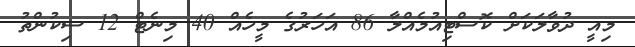
މިއީ ދުވާލަކަށް ކޮސްޓިއުމެއްލާ 86 އަހަރުގެ މީހެއް 40 މިނެޓް 12 ސިކުންތު